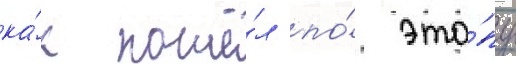
ка́к пошё́л по́ эта́пу